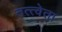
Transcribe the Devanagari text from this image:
तत्त्वेता